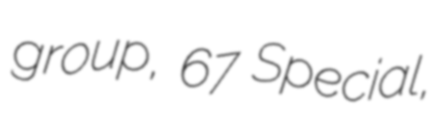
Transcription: group, 67 Special,